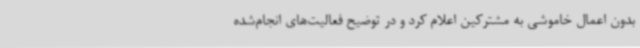
بدون اعمال خاموشی به مشترکین اعلام کرد و در توضیح فعالیت‌های انجام‌شده